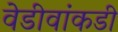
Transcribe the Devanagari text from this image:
वेडीवांकडी